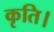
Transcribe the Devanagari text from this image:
कृति।